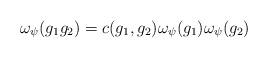
LaTeX: \begin{align*} \omega_{\psi}(g_1g_2) = c(g_1,g_2)\omega_{\psi}(g_1)\omega_{\psi}(g_2) \end{align*}